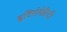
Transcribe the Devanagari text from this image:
इटिरोपेरिटी